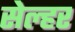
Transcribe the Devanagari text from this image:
सेल्हर